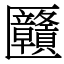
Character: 㔶